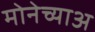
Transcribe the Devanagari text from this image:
मोनेच्याअ